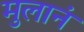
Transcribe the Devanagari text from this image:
मुलानं